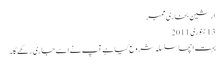
ارشین بخاری ممبر
‏13 جنوری 2011
بہت اچھا سلسلہ شروع کیا ہے آپ نے اسے جاری رکھے گا۔